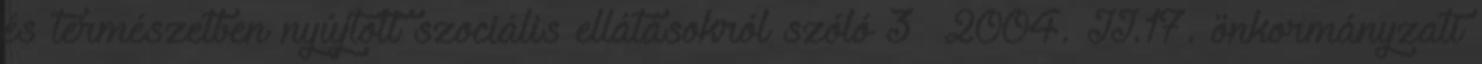
és természetben nyújtott szociális ellátásokról szóló 3 2004. II.17. önkormányzati